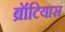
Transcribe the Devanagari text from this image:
ब्रॉटियास